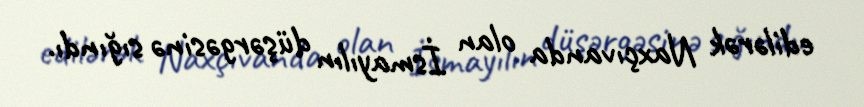
edilərək Naxçıvanda olan İsmayılın düşərgəsinə sığındı.